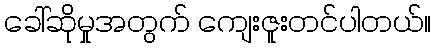
ခေါ်ဆိုမှုအတွက် ကျေးဇူးတင်ပါတယ်။